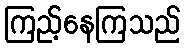
ကြည့်နေကြသည်